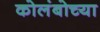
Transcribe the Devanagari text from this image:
कोलंबोच्या